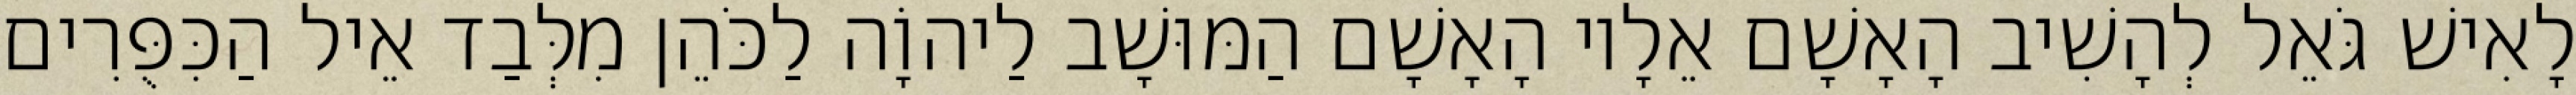
לָאִישׁ גֹּאֵל לְהָשִׁיב הָאָשָׁם אֵלָיו הָאָשָׁם הַמּוּשָׁב לַיהוָֹה לַכֹּהֵן מִלְּבַד אֵיל הַכִּפֻּרִים